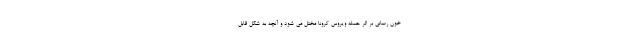
خون رسانی بر اثر حمله ویروس کرونا مختل می شود و آنچه به شکل قابل